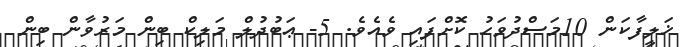
ޚަލީފާކަން 10މަސްދުވަހު ކޮށްފައި ވެއެވެ. 5- ޢަބުދުލް މަލިކް ބިން މަރުވާން ބިން